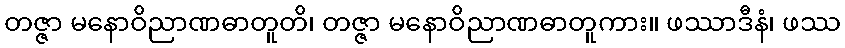
တဇ္ဇာ မနောဝိညာဏဓာတူတိ၊ တဇ္ဇာ မနောဝိညာဏဓာတူကား။ ဖဿာဒီနံ၊ ဖဿ